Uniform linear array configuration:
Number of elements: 64
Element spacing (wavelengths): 0.25
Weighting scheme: kaiser
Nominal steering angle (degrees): -15
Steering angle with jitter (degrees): -16.494
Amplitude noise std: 0.05
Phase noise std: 0.05

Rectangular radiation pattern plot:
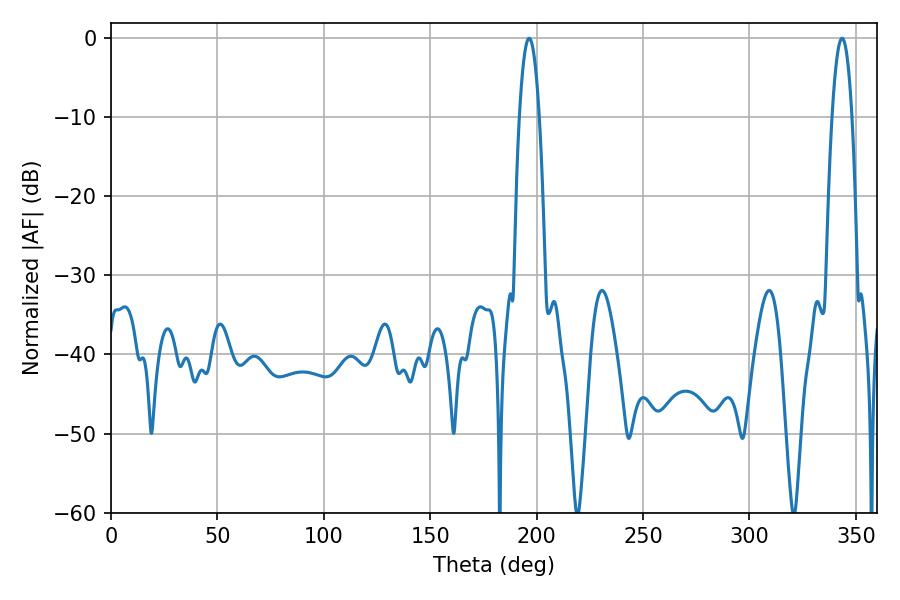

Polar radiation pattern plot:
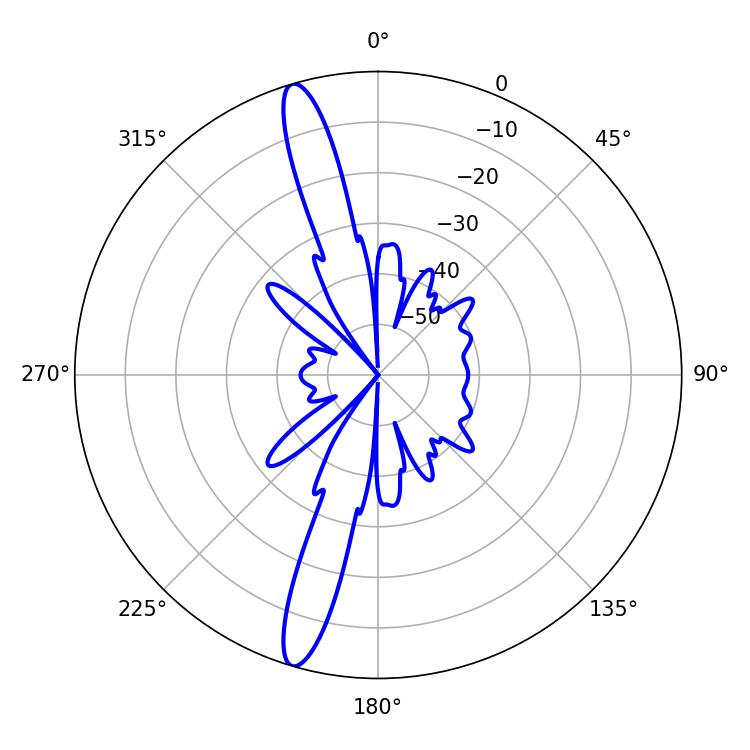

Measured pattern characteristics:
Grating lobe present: FALSE
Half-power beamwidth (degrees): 5.22
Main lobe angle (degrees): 343.44